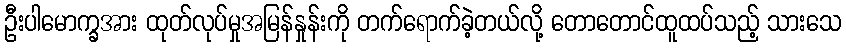
ဦးပါမောက္ခအား ထုတ်လုပ်မှုအမြန်နှုန်းကို တက်ရောက်ခဲ့တယ်လို့ တောတောင်ထူထပ်သည့် သားသေ